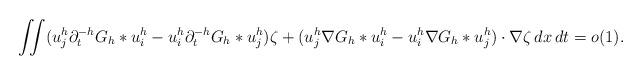
LaTeX: \begin{align*} \iint (u^h_j\partial_t^{-h} G_h \ast u^h_i - u^h_i \partial_t^{-h} G_h \ast u^h_j) \zeta +( u^h_j\nabla G_h \ast u^h_i - u^h_i\nabla G_h \ast u^h_j)\cdot \nabla \zeta \,dx\,dt=o(1). \end{align*}